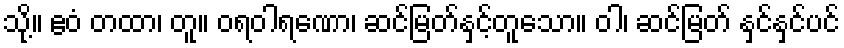
သို့။ ဧဝံ တထာ၊ တူ။ ဝရဝါရဏော၊ ဆင်မြတ်နှင့်တူသော။ ဝါ၊ ဆင်မြတ် နှင်နှင်ပင်